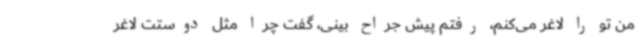
من تو را لاغر می‌کنم، رفتم پیش جراح بینی، گفت چرا مثل دوستت لاغر